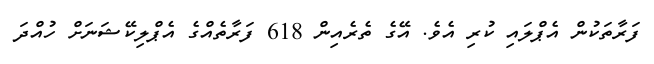
ފަރާތަކުން އެޕްލައި ކުރި އެވެ. އޭގެ ތެރެއިން 618 ފަރާތެއްގެ އެޕްލިކޭޝަނަށް ހުއްދަ